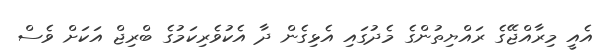
އެއީ މިރާއްޖޭގެ ރައްޔިތުންގެ މެދުގައި އެޅިގެން ދާ އެކުވެރިކަމުގެ ބްރިޖް އަކަށް ވެސް